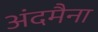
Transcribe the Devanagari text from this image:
अंदमैना